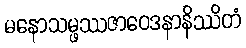
မနောသမ္ဖဿဇာဝေဒနာနိဿိတံ